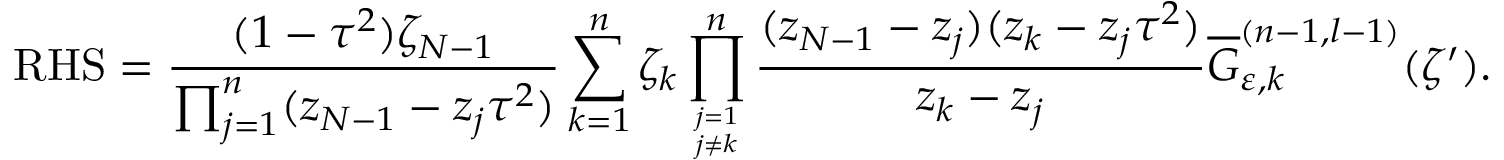
\mathrm { R H S } = \displaystyle \frac { ( 1 - \tau ^ { 2 } ) \zeta _ { N - 1 } } { \prod _ { j = 1 } ^ { n } ( z _ { N - 1 } - z _ { j } \tau ^ { 2 } ) } \sum _ { k = 1 } ^ { n } \zeta _ { k } \displaystyle \prod _ { j = 1 \atop j \neq k } ^ { n } \frac { ( z _ { N - 1 } - z _ { j } ) ( z _ { k } - z _ { j } \tau ^ { 2 } ) } { z _ { k } - z _ { j } } \displaystyle \overline { { { G } } } _ { \varepsilon , k } ^ { ( n - 1 , l - 1 ) } ( \zeta ^ { \prime } ) .